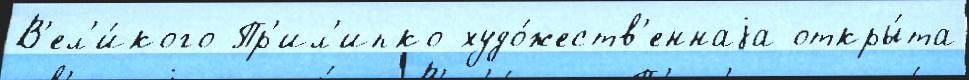
В'ел'и́кого Пр'ил'ипко худо́жеств'еннаjа откры́та